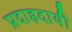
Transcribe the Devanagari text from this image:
प्रदाहदायी